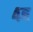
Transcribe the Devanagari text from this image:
४ब